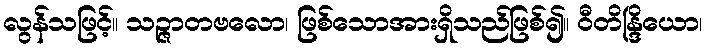
လွန်သဖြင့်။ သဉ္ဇာတဗလော၊ ဖြစ်သောအားရှိသည်ဖြစ်၍။ ဝီတိန္ဒြိယော၊